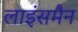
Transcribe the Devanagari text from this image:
लाइंसमैन